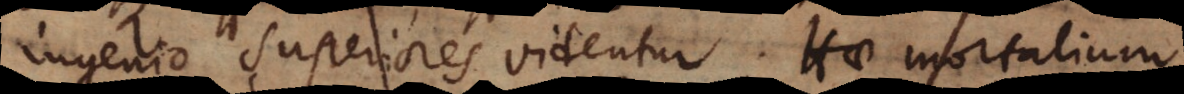
ingenio superiores videntur. Hae mortalium